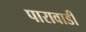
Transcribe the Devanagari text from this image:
पारावाडी